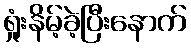
ရှုံးနိမ့်ခဲ့ပြီးနောက်